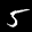
Label: 5